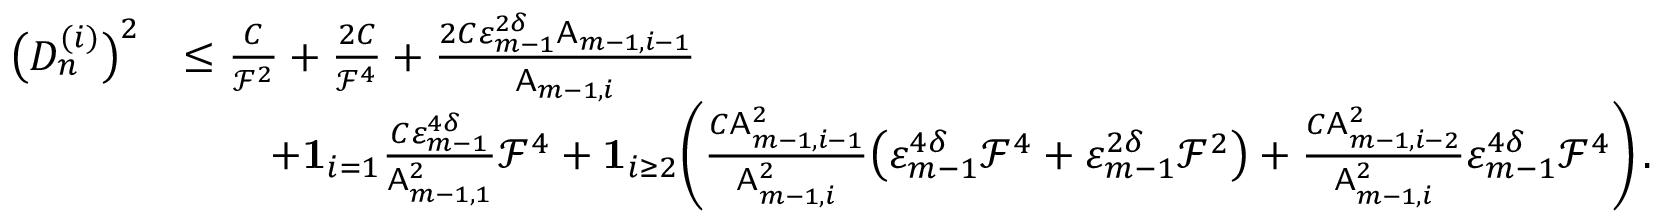
\begin{array} { r l } { \bigl ( D _ { n } ^ { ( i ) } \bigr ) ^ { 2 } } & { \leq \frac { C } { \mathcal { F } ^ { 2 } } + \frac { 2 C } { \mathcal { F } ^ { 4 } } + \frac { 2 C \varepsilon _ { m - 1 } ^ { 2 \delta } \mathsf { A } _ { m - 1 , i - 1 } } { \mathsf { A } _ { m - 1 , i } } } \\ & { \qquad + { \bf 1 } _ { i = 1 } \frac { C \varepsilon _ { m - 1 } ^ { 4 \delta } } { \mathsf { A } _ { m - 1 , 1 } ^ { 2 } } \mathcal { F } ^ { 4 } + { \bf 1 } _ { i \geq 2 } \biggl ( \frac { C \mathsf { A } _ { m - 1 , i - 1 } ^ { 2 } } { \mathsf { A } _ { m - 1 , i } ^ { 2 } } \bigl ( \varepsilon _ { m - 1 } ^ { 4 \delta } \mathcal { F } ^ { 4 } + \varepsilon _ { m - 1 } ^ { 2 \delta } \mathcal { F } ^ { 2 } \bigr ) + \frac { C \mathsf { A } _ { m - 1 , i - 2 } ^ { 2 } } { \mathsf { A } _ { m - 1 , i } ^ { 2 } } \varepsilon _ { m - 1 } ^ { 4 \delta } \mathcal { F } ^ { 4 } \biggr ) \, . } \end{array}